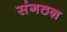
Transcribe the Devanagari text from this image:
संगठऩ